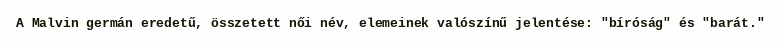
A Malvin germán eredetű, összetett női név, elemeinek valószínű jelentése: "bíróság" és "barát."